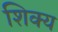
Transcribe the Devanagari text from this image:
शिक्य